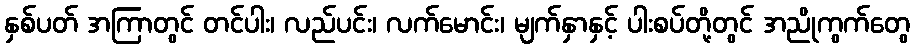
နှစ်ပတ် အကြာတွင် တင်ပါး၊ လည်ပင်း၊ လက်မောင်း၊ မျက်နှာနှင့် ပါးစပ်တို့တွင် အညိုကွက်တွေ